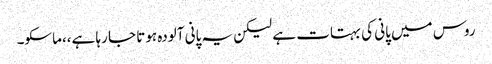
روس میں پانی کی بہتات ہے لیکن یہ پانی آلودہ ہوتا جا رہا ہے،،ماسکو۔